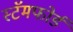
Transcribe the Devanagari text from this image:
स्टॅमफोर्ड